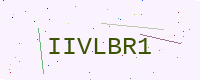
Text: IIVLBR1